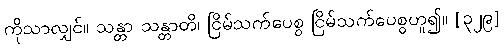
ကိုသာလျှင်။ သန္တာ သန္တာတိ၊ ငြိမ်သက်ပေစွ ငြိမ်သက်ပေစွဟူ၍။ [၃၂၉]